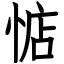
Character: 惦